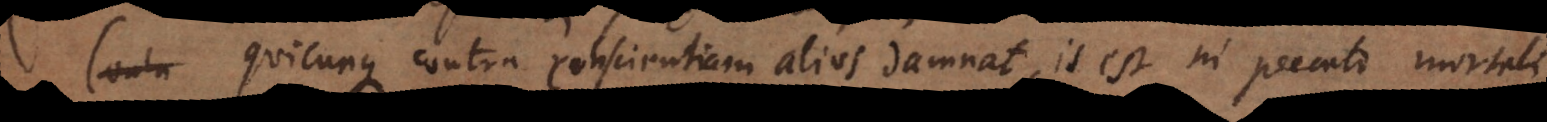
or. Quicunque contra conscientiam alios damnat, is est in peccato mortal